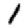
Digit: 1